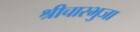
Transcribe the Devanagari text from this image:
श्रीचारभुजा